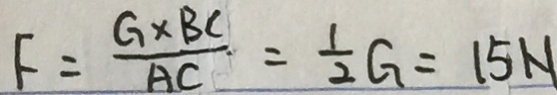
F = \frac { G \times B C } { A C } = \frac { 1 } { 2 } G = 1 5 N